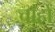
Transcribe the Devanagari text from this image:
चाँहों